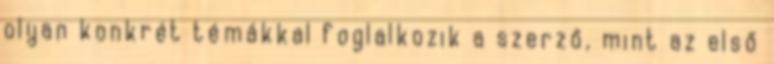
olyan konkrét témákkal foglalkozik a szerző, mint az első